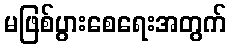
မဖြစ်ပွားစေရေးအတွက်